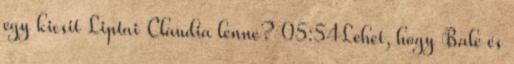
egy kicsit Liptai Claudia lenne? 05:54Lehet, hogy Bale és